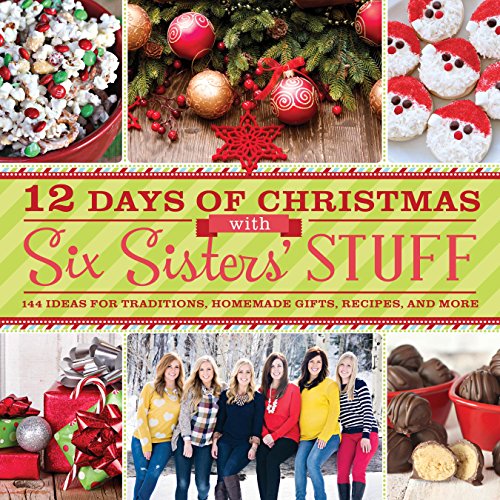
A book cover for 12 Days of Christmas With Six Sisters' Stuff: Recipes, Traditions, Homemade Gifts, and So Much More; Six Sisters' Stuff; Cookbooks, Food & Wine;